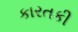
કારતકી